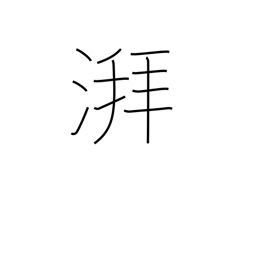
Meaning: sound of waves